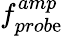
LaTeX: f_{prob\mathrm{e}}^{amp}